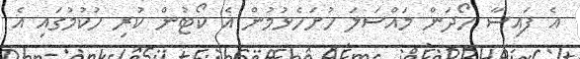
އެ ފައިސާ ހޯދަން މައްސަލަ ހުށަހެޅުމުން އެ ކޯޓުން ކުރި ހުކުމުގައި އެ